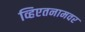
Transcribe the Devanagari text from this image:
व्हिएतनामवर